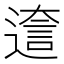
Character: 𨕺